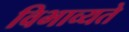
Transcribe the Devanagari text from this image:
विभाव्यते